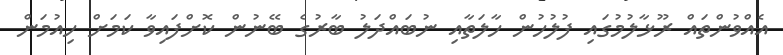
އެއްވުންތައް ރޫޅާލުމުގައި ފުލުހުން ހާލަތާއި ނުބައްދަލު ބާރުގެ ބޭނުން ކޮށްފައިވާ ކަމަށް ހިއުމަން